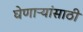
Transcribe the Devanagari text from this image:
घेणाऱ्यांसाठी